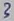
Text: 3